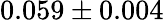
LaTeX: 0.059\pm 0.004